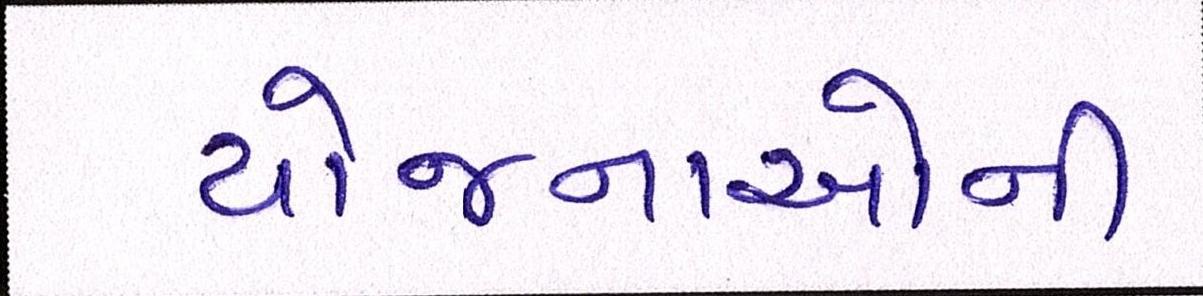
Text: યોજનાઓની